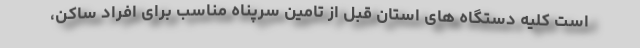
است کلیه دستگاه های استان قبل از تامین سرپناه مناسب برای افراد ساکن،‌